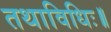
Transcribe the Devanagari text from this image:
तथाविधिः॥